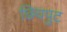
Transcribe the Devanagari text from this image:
छियपुट